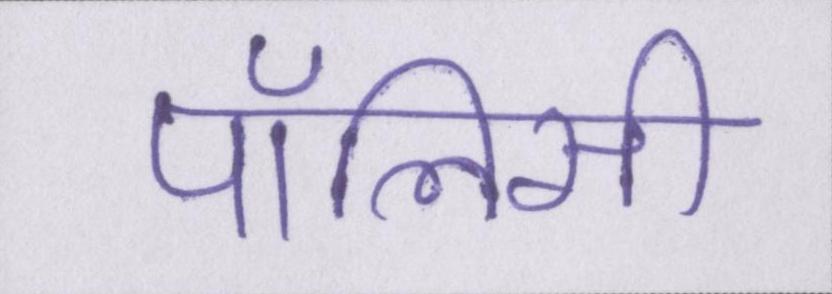
पॉलिसी